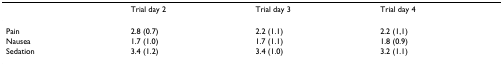
<table><thead><tr><td></td><td><b>Trial day 2</b></td><td><b>Trial day 3</b></td><td><b>Trial day 4</b></td></tr></thead><tbody><tr><td>Pain</td><td>2.8 (0.7)</td><td>2.2 (1.1)</td><td>2.2 (1,1)</td></tr><tr><td>Nausea</td><td>1.7 (1.0)</td><td>1.7 (1.1)</td><td>1.8 (0.9)</td></tr><tr><td>Sedation</td><td>3.4 (1.2)</td><td>3.4 (1.0)</td><td>3.2 (1.1)</td></tr></tbody></table>